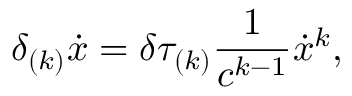
\delta _ { ( k ) } \dot { x } = \delta \tau _ { ( k ) } \frac { 1 } { c ^ { k - 1 } } \dot { x } ^ { k } ,